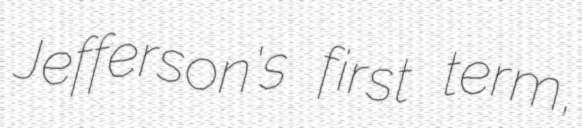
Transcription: Jefferson's first term,